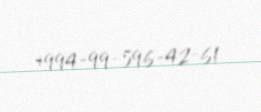
+994-99-596-42-61